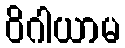
ဝိဂါယာမ